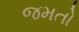
જમતો